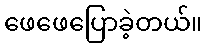
ဖေဖေပြောခဲ့တယ်။